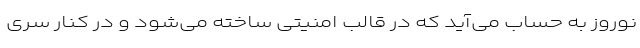
نوروز به حساب می‌آید که در قالب امنیتی ساخته می‌شود و در کنار سری